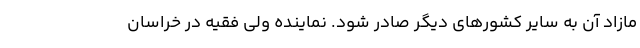
مازاد آن به سایر کشورهای دیگر صادر شود. نماینده ولی فقیه در خراسان